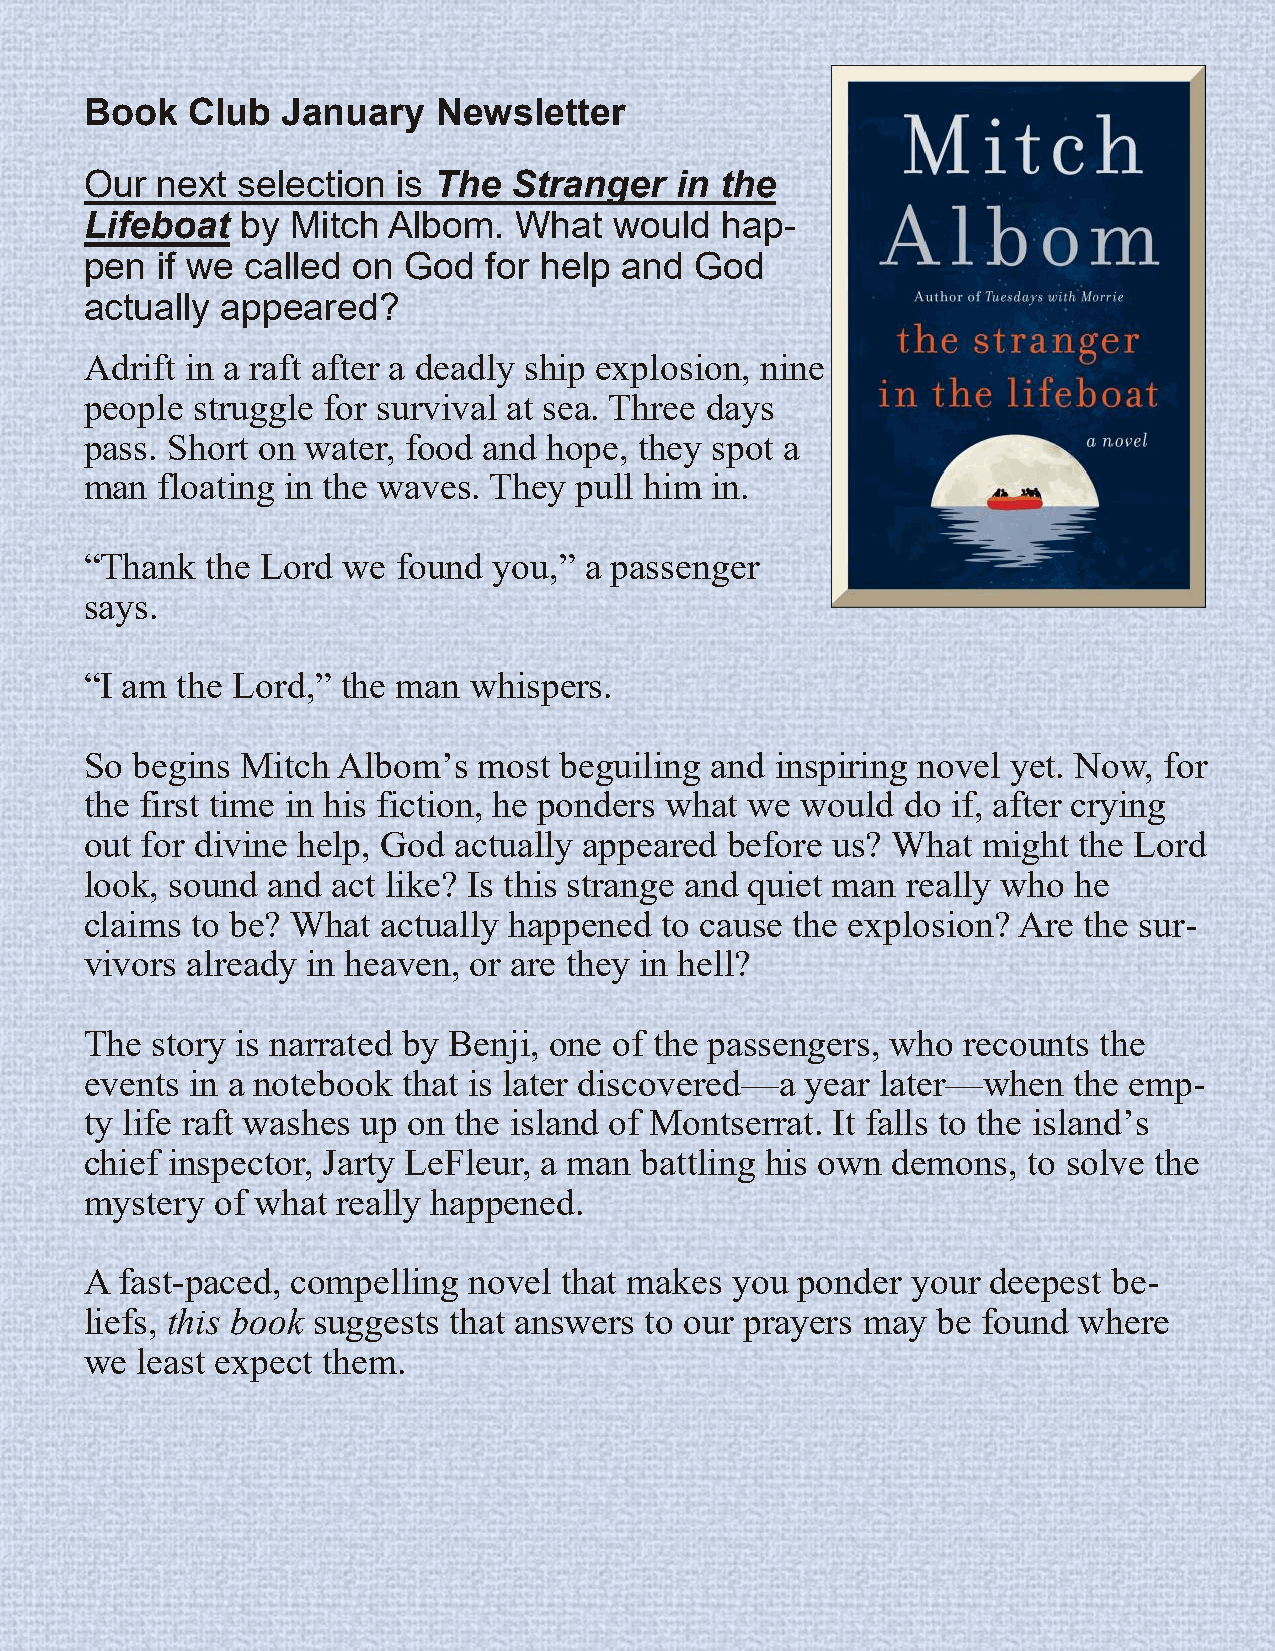
Book  Club   January   Newsletter
 Our next  selection is The  Stranger   in the
 Lifeboat  by Mitch  Albom.  What   would  hap-
 pen if we called on  God  for help and  God
 actually appeared?
 Adrift in a raft after a deadly ship explosion, nine
 people struggle for survival at sea. Three days
 pass. Short on water, food and hope, they spot a
 man floating in the waves. They pull him in.
 “Thank  the Lord we found  you,” a passenger
 says.
 “I am the Lord,” the man whispers.
 So begins Mitch Albom’s   most beguiling and inspiring novel yet. Now, for
 the first time in his fiction, he ponders what we would do if, after crying
 out for divine help, God actually appeared before us? What might the Lord
 look, sound and act like? Is this strange and quiet man really who he
 claims to be? What actually happened  to cause the explosion? Are the sur-
 vivors already in heaven, or are they in hell?
 The story is narrated by Benji, one of the passengers, who recounts the
 events in a notebook that is later discovered—a year later—when  the emp-
 ty life raft washes up on the island of Montserrat. It falls to the island’s
 chief inspector, Jarty LeFleur, a man battling his own demons, to solve the
 mystery of what really happened.
 A fast-paced, compelling novel that makes you  ponder your  deepest be-
 liefs, this book suggests that answers to our prayers may be found where
 we least expect them.